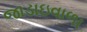
જાડાઇવાળા